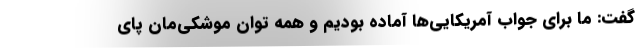
گفت: ما برای جواب آمریکایی‌ها آماده بودیم و همه توان موشکی‌مان پای